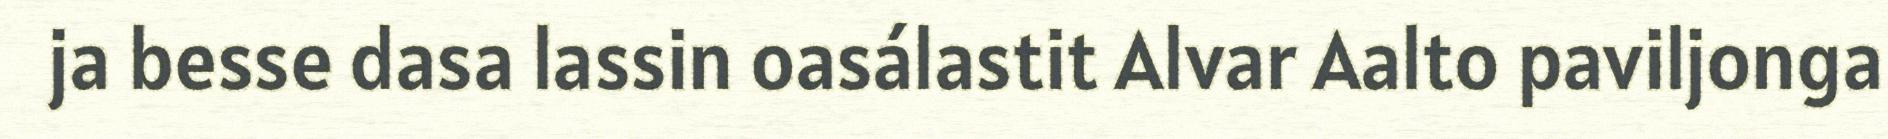
ja besse dasa lassin oasálastit Alvar Aalto paviljonga